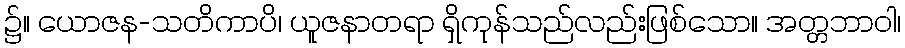
၌။ ယောဇန-သတိကာပိ၊ ယူဇနာတရာ ရှိကုန်သည်လည်းဖြစ်သော။ အတ္တဘာဝါ၊